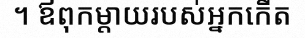
។ ឪពុកម្តាយរបស់អ្នកកើត